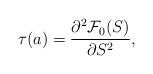
LaTeX: \begin{align*}\tau(a)={\partial^2 {\cal F}_0(S)\over \partial S^2},\end{align*}